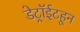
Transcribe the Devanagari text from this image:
डेट्रॉईटहून